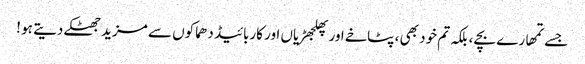
جسے تمھارے بچے ، بلکہ تم خود بھی ، پٹاخے اور پھلجھڑیاں اور کاربائیڈ دھماکوں سے مزید جھٹکے دیتے ہو !